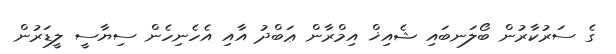
ގެ ސަރުކާރުން ބޯލަނބައި ޝެއިޚް އިމްރާން ޢަބްދު އާއި އެހެނިހެން ސިޔާސީ ލީޑަރުން